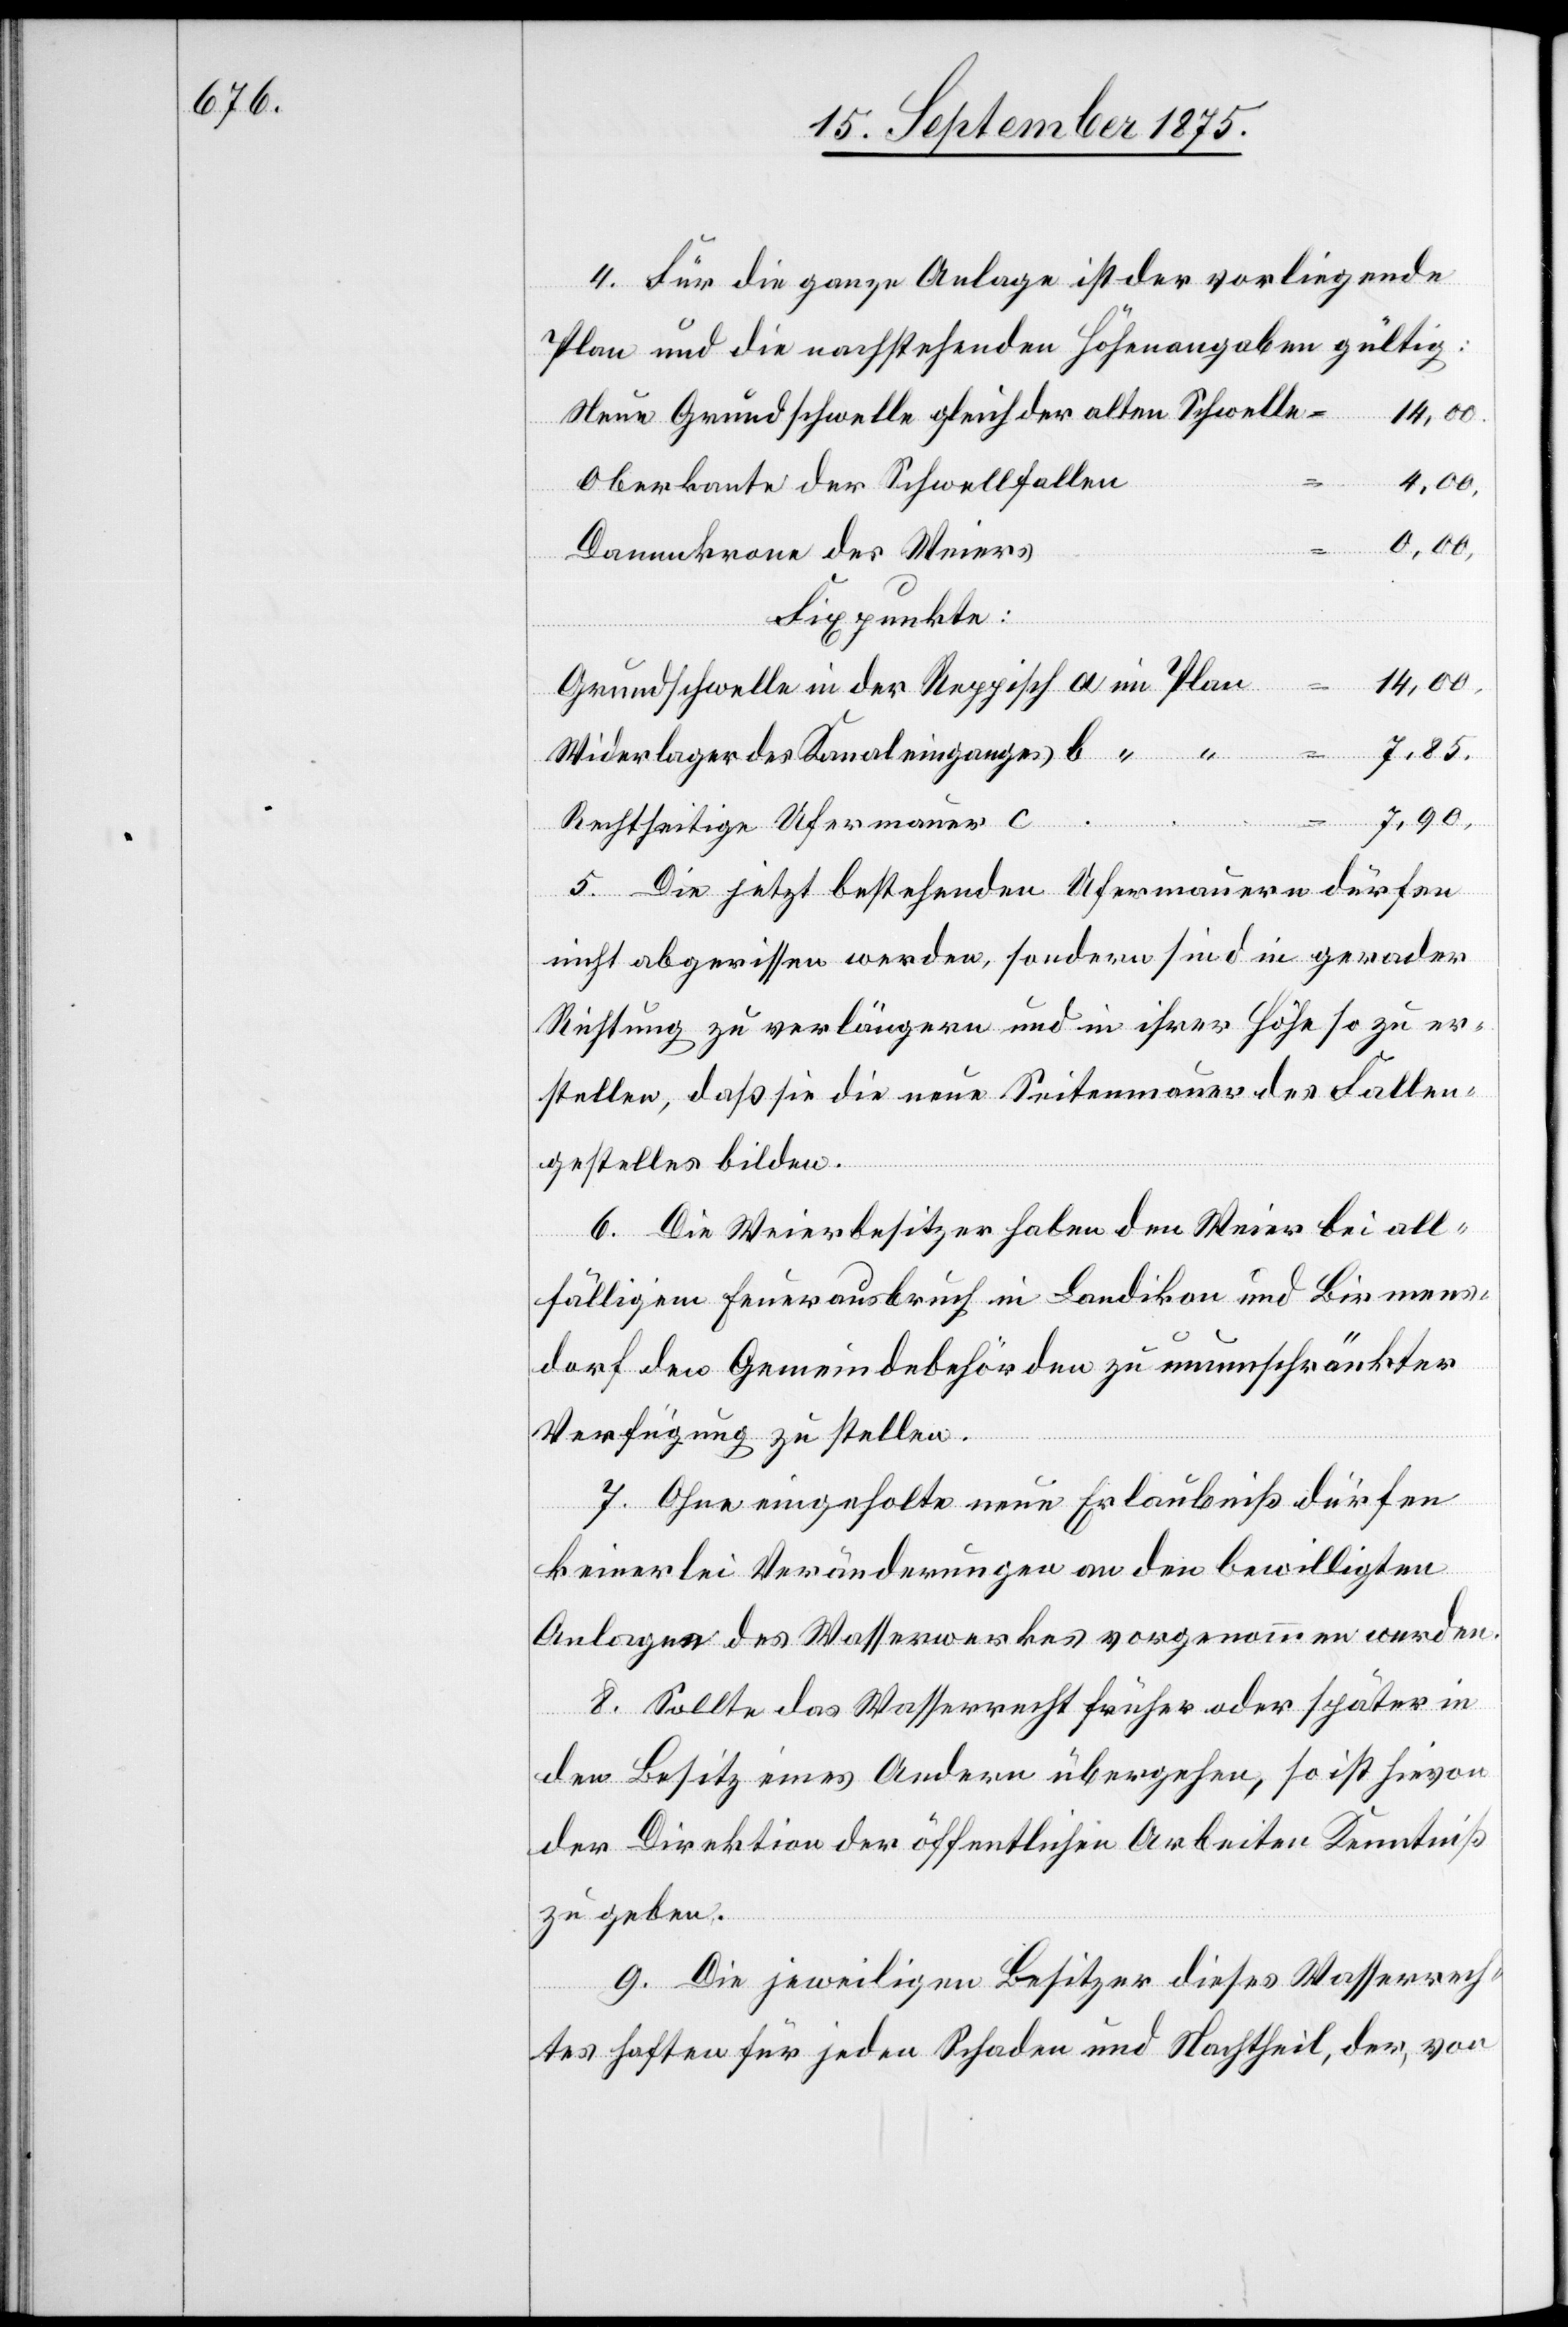
4. Für die ganze Anlage ist der vorliegende
Plan und die nachstehenden Höhenangaben gültig:
Neue Grundschwelle gleich der alten Schwelle
Oberkante der Schwellfallen
0,00,
Dammkrone des Weiers
Fixpunkte:
14,00,
Grundschwelle in der Reppisch a
7,85,
Widerlager des Kanaleinganges b
7,90,
Rechtseitige Ufermauer c
5. Die jetzt bestehenden Ufermauern dürfen
nicht abgerissen werden, sondern sind in gerader
Richtung zu verlängern und in ihrer Höhe so zu er¬
stellen, daß sie die neue Seitenmauer des Fallen¬
gestelles bilden.
6. Die Weierbesitzer haben den Weier bei all¬
fälligem Feuerausbruch in Landikon und Birmens¬
dorf den Gemeindebehörden zu unumschränkter
Verfügung zu stellen.
7. Ohne eingeholte neue Erlaubniß dürfen
Plan
keinerlei Veränderungen an den bewilligten
Anlagen des Wasserwerkes vorgenommen werden.
8. Sollte das Wasserrecht früher oder später in
im
den Besitz eines Andern übergehen, so ist hievon
der Direktion der öffentlichen Arbeiten Kenntniß
zu geben.
9. Die jeweiligen Besitzer dieses Wasserrech¬
tes haften für jeden Schaden und Nachtheil, der, von